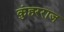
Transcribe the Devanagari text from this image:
कुंहरराज